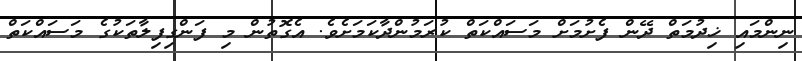
ނިންމައި ޚިދުމަތް ދޭން ފެށުމަށް މަސައްކަތް ކުރަމުންދާކަމަށެވެ. އެގޮތުން މި ފަންގިފިލާތަކުގެ މަސައްކަތް